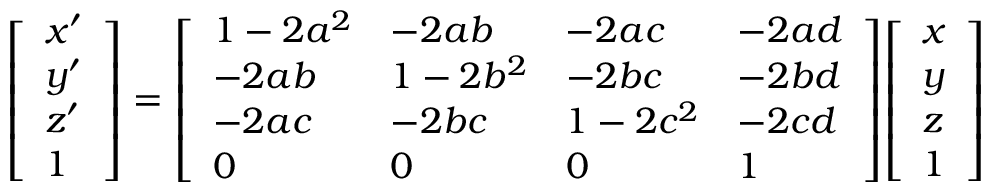
{ \left[ \begin{array} { l } { x ^ { \prime } } \\ { y ^ { \prime } } \\ { z ^ { \prime } } \\ { 1 } \end{array} \right] } = { \left[ \begin{array} { l l l l } { 1 - 2 a ^ { 2 } } & { - 2 a b } & { - 2 a c } & { - 2 a d } \\ { - 2 a b } & { 1 - 2 b ^ { 2 } } & { - 2 b c } & { - 2 b d } \\ { - 2 a c } & { - 2 b c } & { 1 - 2 c ^ { 2 } } & { - 2 c d } \\ { 0 } & { 0 } & { 0 } & { 1 } \end{array} \right] } { \left[ \begin{array} { l } { x } \\ { y } \\ { z } \\ { 1 } \end{array} \right] }